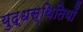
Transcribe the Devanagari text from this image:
युद्धस्थितियों